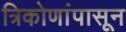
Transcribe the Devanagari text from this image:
त्रिकोणांपासून